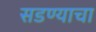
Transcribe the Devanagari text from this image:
सडण्याचा